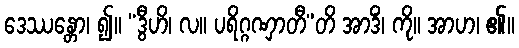
ဒေဿန္တော၊ ၍။ “ဒွီဟိ၊ လ။ ပရိဂ္ဂဏှာတီ”တိ အာဒိံ၊ ကို။ အာဟ၊ ၏။